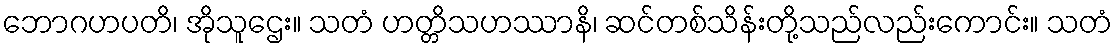
ဘောဂဟပတိ၊ အိုသူဌေး။ သတံ ဟတ္တိသဟဿာနိ၊ ဆင်တစ်သိန်းတို့သည်လည်းကောင်း။ သတံ